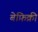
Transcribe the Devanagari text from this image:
बेफ़िक्री